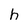
Character: h